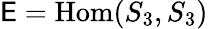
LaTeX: \mathsf{E}=\operatorname{Hom}(S_{3},S_{3})